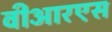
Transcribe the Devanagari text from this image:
वीआरएस